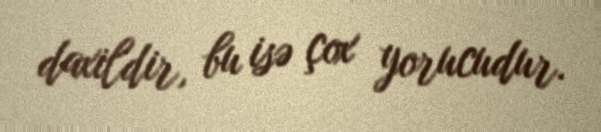
daxildir, bu isə çox yorucudur.